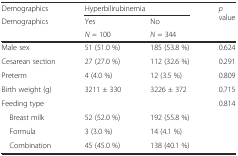
<table><thead><tr><td><b>Demographics</b></td><td colspan="2"><b>Hyperbilirubinemia</b></td><td rowspan="3"><b><i>p</i> value</b></td></tr><tr><td><b>Demographics</b></td><td><b>Yes</b></td><td><b>No</b></td></tr><tr><td></td><td><b><i>N</i> = 100</b></td><td><b><i>N</i> = 344</b></td></tr></thead><tbody><tr><td>Male sex</td><td>51 (51.0 %)</td><td>185 (53.8 %)</td><td>0.624</td></tr><tr><td>Cesarean section</td><td>27 (27.0 %)</td><td>112 (32.6 %)</td><td>0.291</td></tr><tr><td>Preterm</td><td>4 (4.0 %)</td><td>12 (3.5 %)</td><td>0.809</td></tr><tr><td>Birth weight (g)</td><td>3211 ± 330</td><td>3226 ± 372</td><td>0.715</td></tr><tr><td>Feeding type</td><td></td><td></td><td>0.814</td></tr><tr><td> Breast milk</td><td>52 (52.0 %)</td><td>192 (55.8 %)</td><td></td></tr><tr><td> Formula</td><td>3 (3.0 %)</td><td>14 (4.1 %)</td><td></td></tr><tr><td> Combination</td><td>45 (45.0 %)</td><td>138 (40.1 %)</td><td></td></tr></tbody></table>